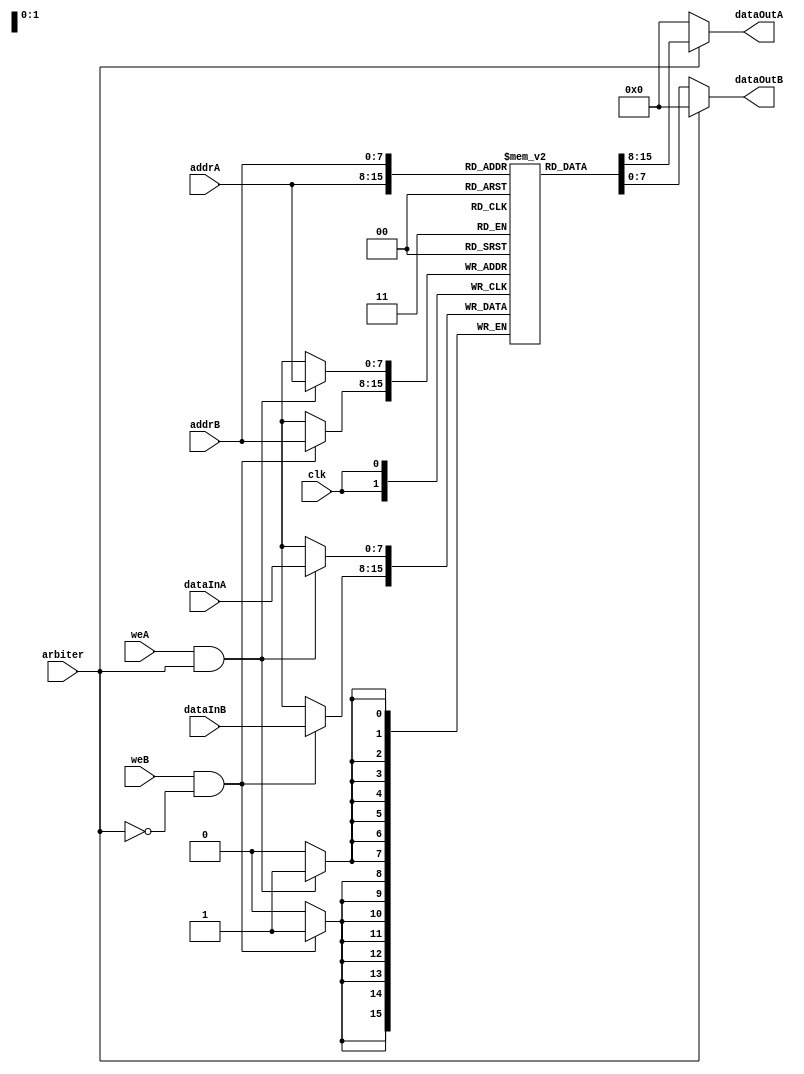
module DualPortRAM (
    input wire clk,
    input wire [7:0] dataInA,
    input wire [7:0] dataInB,
    input wire [7:0] addrA,
    input wire [7:0] addrB,
    input wire weA,
    input wire weB,
    input wire arbiter,
    output wire [7:0] dataOutA,
    output wire [7:0] dataOutB
);

reg [7:0] memory [0:255];

always @(posedge clk) begin
    if (weA && arbiter) begin
        memory[addrA] <= dataInA;
    end
    
    if (weB && ~arbiter) begin
        memory[addrB] <= dataInB;
    end
end

assign dataOutA = arbiter ? memory[addrA] : 8'b0;
assign dataOutB = ~arbiter ? memory[addrB] : 8'b0;

endmodule